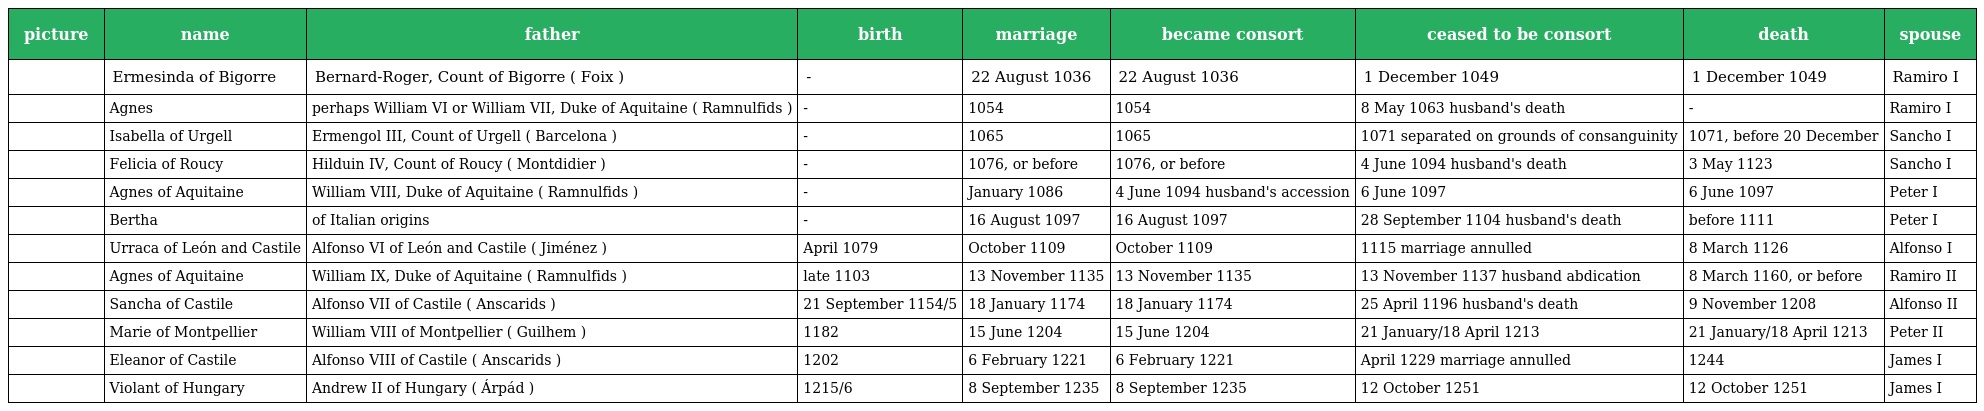
| picture | name | father | birth | marriage | became consort | ceased to be consort | death | spouse |
 | --- | --- | --- | --- | --- | --- | --- | --- | --- |
 |  | Ermesinda of Bigorre | Bernard-Roger, Count of Bigorre ( Foix ) | - | 22 August 1036 | 22 August 1036 | 1 December 1049 | 1 December 1049 | Ramiro I |
 |  | Agnes | perhaps William VI or William VII, Duke of Aquitaine ( Ramnulfids ) | - | 1054 | 1054 | 8 May 1063 husband's death | - | Ramiro I |
 |  | Isabella of Urgell | Ermengol III, Count of Urgell ( Barcelona ) | - | 1065 | 1065 | 1071 separated on grounds of consanguinity | 1071, before 20 December | Sancho I |
 |  | Felicia of Roucy | Hilduin IV, Count of Roucy ( Montdidier ) | - | 1076, or before | 1076, or before | 4 June 1094 husband's death | 3 May 1123 | Sancho I |
 |  | Agnes of Aquitaine | William VIII, Duke of Aquitaine ( Ramnulfids ) | - | January 1086 | 4 June 1094 husband's accession | 6 June 1097 | 6 June 1097 | Peter I |
 |  | Bertha | of Italian origins | - | 16 August 1097 | 16 August 1097 | 28 September 1104 husband's death | before 1111 | Peter I |
 |  | Urraca of León and Castile | Alfonso VI of León and Castile ( Jiménez ) | April 1079 | October 1109 | October 1109 | 1115 marriage annulled | 8 March 1126 | Alfonso I |
 |  | Agnes of Aquitaine | William IX, Duke of Aquitaine ( Ramnulfids ) | late 1103 | 13 November 1135 | 13 November 1135 | 13 November 1137 husband abdication | 8 March 1160, or before | Ramiro II |
 |  | Sancha of Castile | Alfonso VII of Castile ( Anscarids ) | 21 September 1154/5 | 18 January 1174 | 18 January 1174 | 25 April 1196 husband's death | 9 November 1208 | Alfonso II |
 |  | Marie of Montpellier | William VIII of Montpellier ( Guilhem ) | 1182 | 15 June 1204 | 15 June 1204 | 21 January/18 April 1213 | 21 January/18 April 1213 | Peter II |
 |  | Eleanor of Castile | Alfonso VIII of Castile ( Anscarids ) | 1202 | 6 February 1221 | 6 February 1221 | April 1229 marriage annulled | 1244 | James I |
 |  | Violant of Hungary | Andrew II of Hungary ( Árpád ) | 1215/6 | 8 September 1235 | 8 September 1235 | 12 October 1251 | 12 October 1251 | James I |